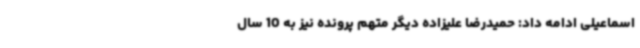
اسماعیلی ادامه داد: حمیدرضا علیزاده دیگر متهم پرونده نیز به 10 سال